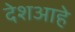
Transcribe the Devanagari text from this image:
देशआहे